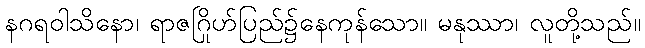
နဂရဝါသိနော၊ ရာဇဂြိုဟ်ပြည်၌နေကုန်သော။ မနုဿာ၊ လူတို့သည်။